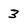
Character: 3